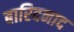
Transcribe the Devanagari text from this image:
बारिदनाद